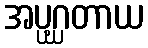
အပ္ပဂ္ဃတာယ